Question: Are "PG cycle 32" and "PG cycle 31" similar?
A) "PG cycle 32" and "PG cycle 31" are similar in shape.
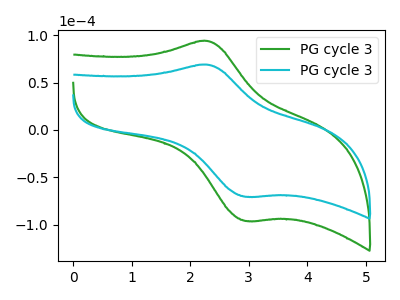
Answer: <think>The green curve "PG cycle 31" has an anodic peak at (2.30V, 94.00uA) and a cathodic peak at (2.95V, -96.10uA). The cyan curve "PG cycle 32" has an anodic peak at (2.30V, 69.00uA) and a cathodic peak at (2.95V, -70.50uA).
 All the peaks in "PG cycle 32" have a peak in "PG cycle 31" at the same potential. Every peak in "PG cycle 32" is lower than every peak in "PG cycle 31".</think>
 <answer>A) "PG cycle 32" and "PG cycle 31" are similar in shape.</answer>
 <eval>A</eval>